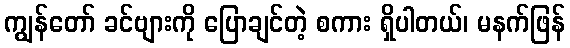
ကျွန်တော် ခင်ဗျားကို ပြောချင်တဲ့ စကား ရှိပါတယ်၊ မနက်ဖြန်